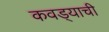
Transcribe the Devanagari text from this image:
कवड्याची